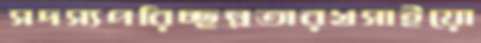
সদস্যপরিচ্ছন্নতারখসাইয়ো